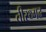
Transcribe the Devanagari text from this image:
तीरथ्गढ